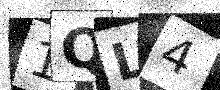
Text: 1QL4